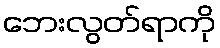
ဘေးလွတ်ရာကို